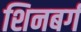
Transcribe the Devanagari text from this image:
शिनबर्ग